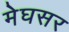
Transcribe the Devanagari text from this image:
मेघसर